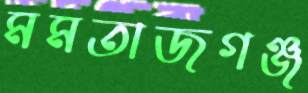
মমতাজগঞ্জ